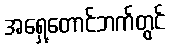
အရှေ့တောင်ဘက်တွင်